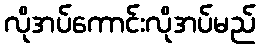
လိုအပ်ကောင်းလိုအပ်မည်